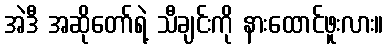
အဲဒီ အဆိုတော်ရဲ့ သီချင်းကို နားထောင်ဖူးလား။